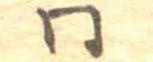
同